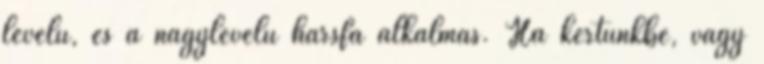
levelű, és a nagylevelű hársfa alkalmas. Ha kertünkbe, vagy